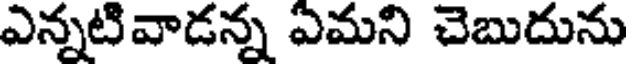
ఎన్నటివాడన్న ఏమని చెబుదును